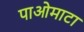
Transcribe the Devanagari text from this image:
पाओमाटा